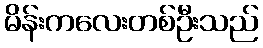
မိန်းကလေးတစ်ဦးသည်